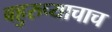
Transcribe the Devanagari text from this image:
बहुरुप्याचाच